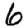
Digit: 6